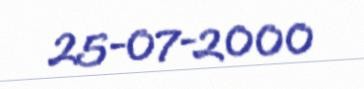
25-07-2000